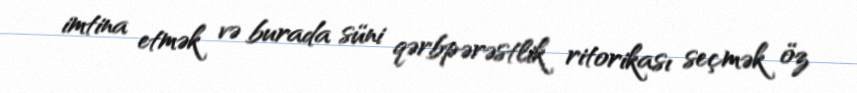
imtina etmək və burada süni qərbpərəstlik ritorikası seçmək öz